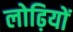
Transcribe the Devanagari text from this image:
लोढ़ियों